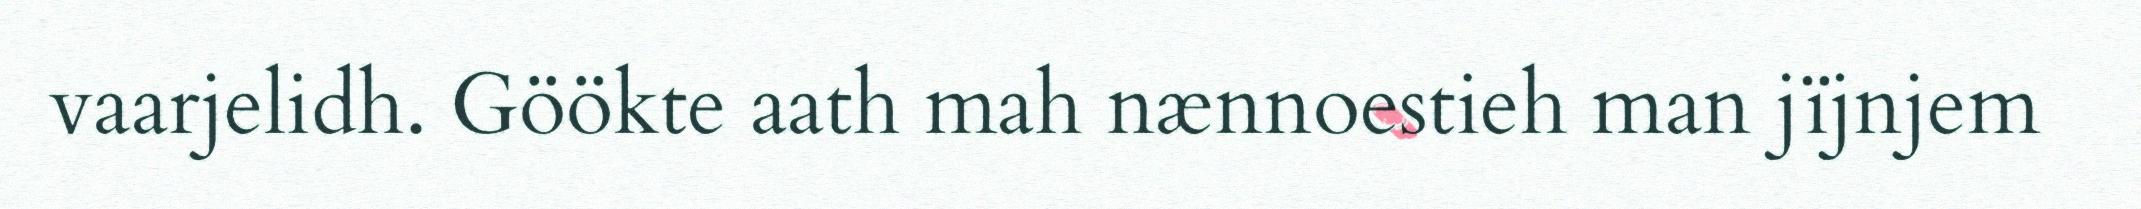
vaarjelidh. Göökte aath mah nænnoestieh man jïjnjem